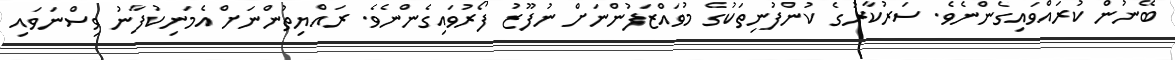
ބޭނުން ކުރައްވައިގެންނެވެ. ސަރުކާރުގެ ކުންފުނިތަކުގެ މުވައްޒަފުންނަށް ނުފޫޒު ފޯރުވައިގެންނެވެ. ރައްޔިތުންނަށް އެމަނިކުފާނު ވިސްނަވައި